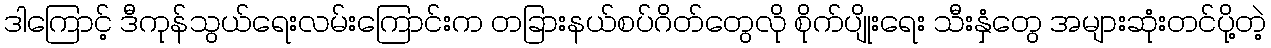
ဒါကြောင့် ဒီကုန်သွယ်ရေးလမ်းကြောင်းက တခြားနယ်စပ်ဂိတ်တွေလို စိုက်ပျိုးရေး သီးနှံတွေ အများဆုံးတင်ပို့တဲ့